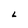
Character: L